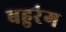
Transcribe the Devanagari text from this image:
बहुरंग